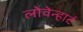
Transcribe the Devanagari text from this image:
लोवेन्हार्ट